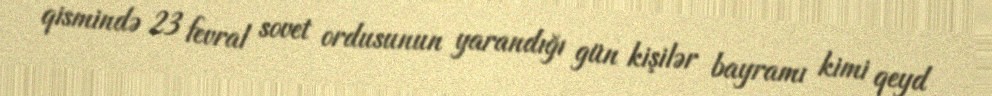
qismində 23 fevral sovet ordusunun yarandığı gün kişilər bayramı kimi qeyd